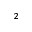
^ 2